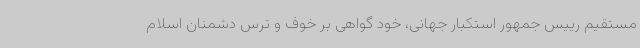
مستقیم رییس جمهور استکبار جهانی، خود گواهی بر خوف و ترس دشمنان اسلام